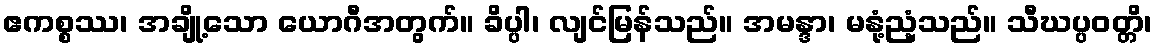
ဧကစ္စဿ၊ အချို့သော ယောဂီအတွက်။ ခိပ္ပါ၊ လျင်မြန်သည်။ အမန္ဒာ၊ မနုံ့ညံ့သည်။ သီဃပ္ပဝတ္တိ၊